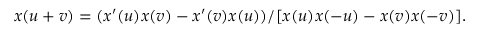
x ( u + v ) = ( x ^ { \prime } ( u ) x ( v ) - x ^ { \prime } ( v ) x ( u ) ) / [ x ( u ) x ( - u ) - x ( v ) x ( - v ) ] .